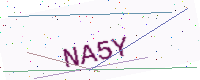
Text: NA5Y